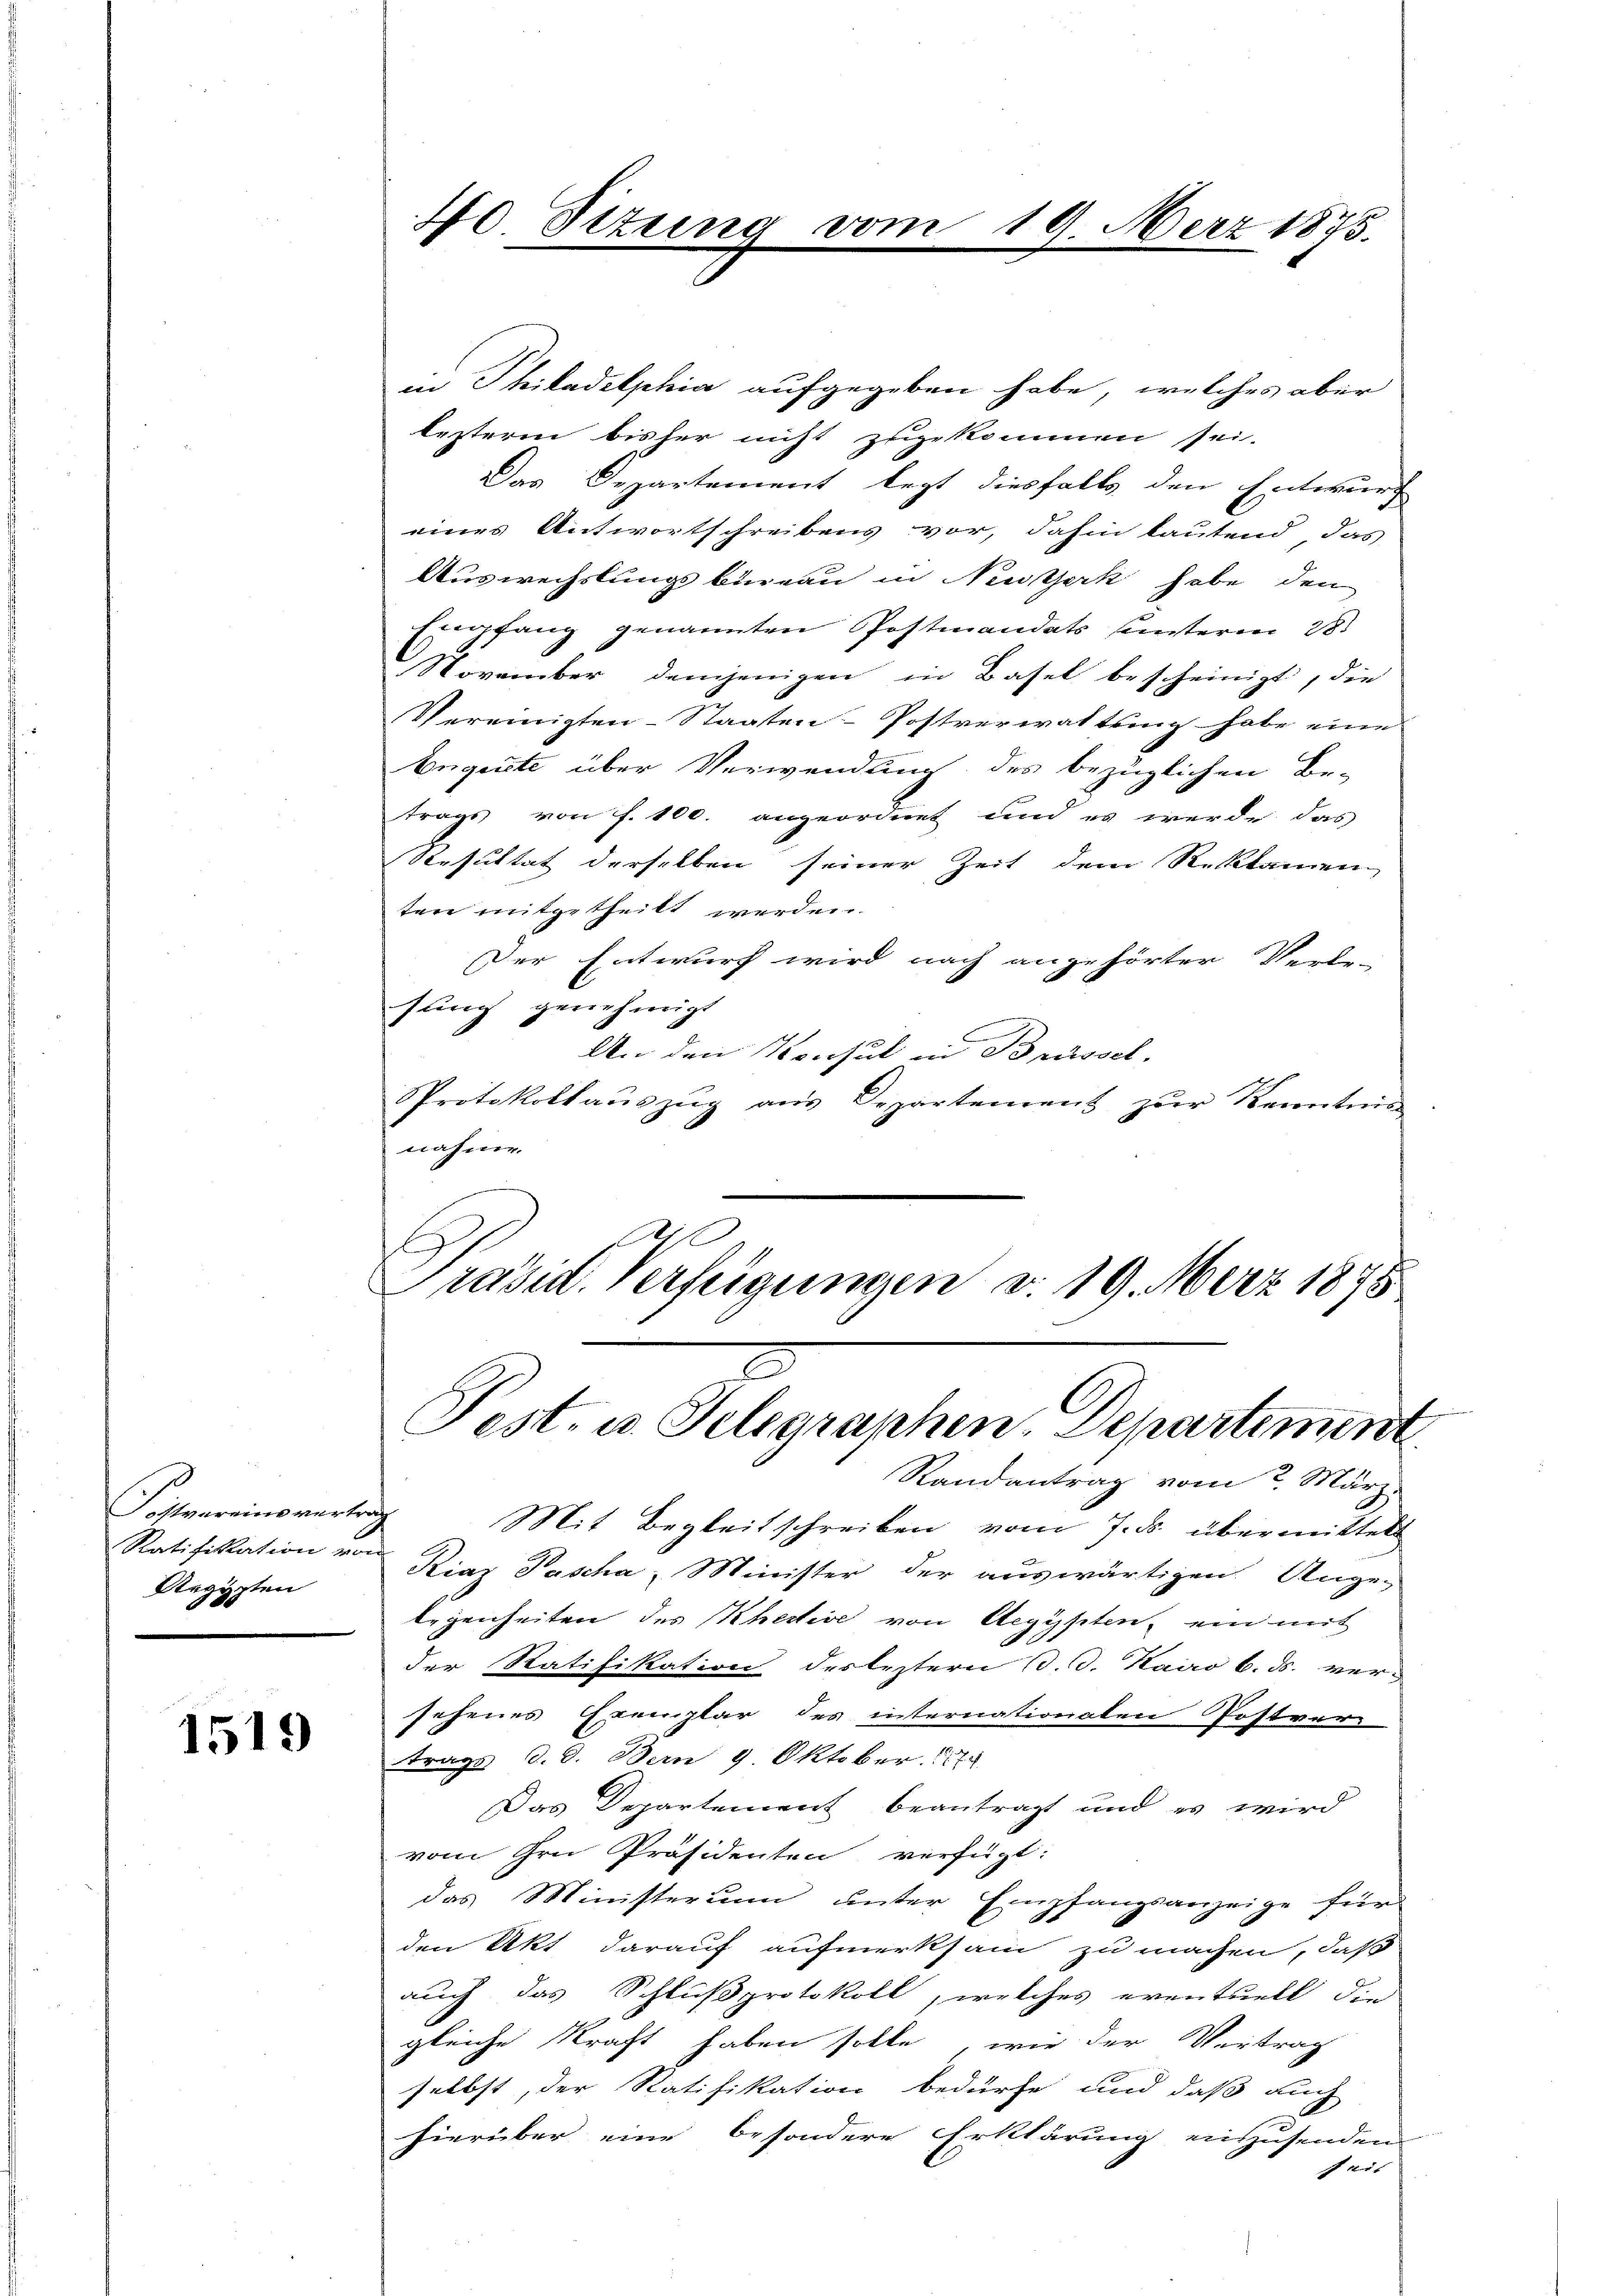
Fostvereinswerte
Ratifikation vo
Aegypten

1519

40 Sizung vom 19. März 1873.

in Philadelphia aufgegeben habe, welches aber
lezterm bisher nicht zugekommen sei.
Das Departement legt diesfalls den Entwurf
eines Antwortschreibens vor, dahin lautend, das
Auswechslungsbureau in Neutserk habe den
Empfang genannten Postmandats sunterm 28.
November demjenigen in Basel bescheinigt, die
Vereinigten-Staaten-Postverwaltung habe eine
Angeste über Verwendung des bezüglichen Be-
trags von f. 100. angeordnet und es werde das
Resultat derselben seiner Zeit dem Reklamien
ten mitgetheilt werden.
Der Entwurf wird nach angehörter Verle-
slung genehmigt
An den Konsul in Brüssel.
Protokollaŭszŭg aŭs Departement zŭr Kenntnis
nahme.
h
C
Präsid. Verfeigungen d. 19. März 1875

Pest- u. Telegraphen-Departement

Randantrag vom 2. März.
Mit Begleitschreiben vom 7. ds. übermittelt
Kiaz Pascha, Minister der auswärtigen Ange-
legenheiten des Khective von Aegypten, ein mit
der Ratifikation des leztern d. d. Kairo b. ds. versehenes Exemplar des internationaten Postver-
trags d. d. Bern 9. Oktober. 179
Das Departement beantragt und es wird
vom Irn Präsidenten verfügt:
das Ministerium unter Empfangsanzeige für
den Akt darauf aufmerksam zu machen, daß
auch das Schlußprotokoll, welches eventuell die
gleiche Kraft haben solle, wie der Vertrag
selbst, der Ratifikation bedürfe und daß auch
hierüber eine besondere Erklärung einzusenden
f aus |

e